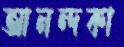
আনন্দকা